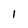
Character: 1